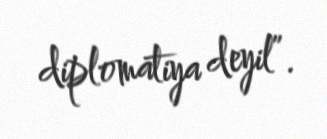
diplomatiya deyil”.